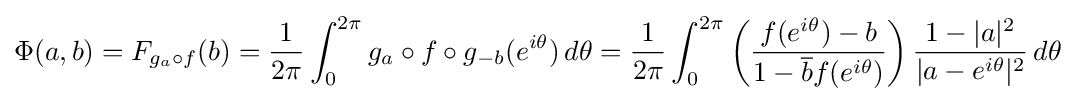
\Phi (a,b)=F_{g_{a}\circ f}(b)={1 \over 2\pi }\int _{0}^{2\pi }g_{a}\circ f\circ g_{-b}(e^{i\theta })\,d\theta ={1 \over 2\pi }\int _{0}^{2\pi }\left({f(e^{i\theta })-b \over 1-{\overline {b}}f(e^{i\theta })}\right){1-|a|^{2} \over |a-e^{i\theta }|^{2}}\,d\theta